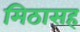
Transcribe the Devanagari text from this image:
मिठासह